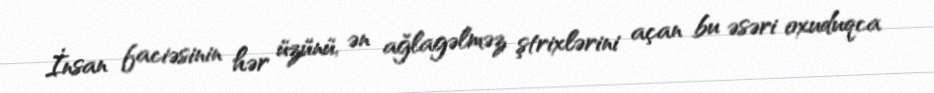
İnsan faciəsinin hər üzünü, ən ağlagəlməz ştrixlərini açan bu əsəri oxuduqca